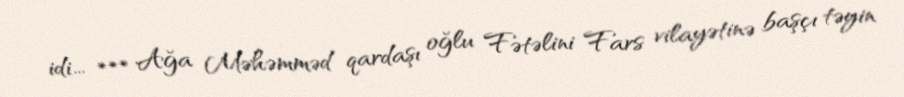
idi... *** Ağa Məhəmməd qardaşı oğlu Fətəlini Fars vilayətinə başçı təyin